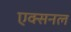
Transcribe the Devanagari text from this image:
एक्सनल